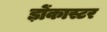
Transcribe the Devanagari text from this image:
ड़ोंकास्टर